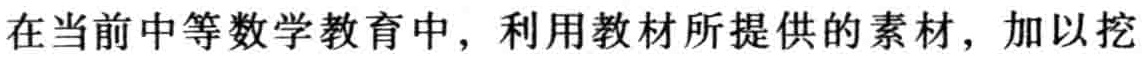
在当前中等数学教育中，利用教材所提供的素材，加以挖